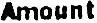
AMOUNT